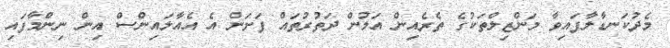
މެދުކަނޑާލާފައިވާ މަންޒިލްތަކުގެ ތެރެއިން އަލުން ދަތުރުތައް ފަށަން އެ އެއާލައިންސް އިން ނިންމާފައި